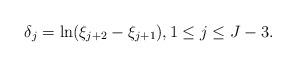
LaTeX: \begin{align*}\delta_{j} = \ln ( \xi_{j+2} - \xi_{j+1} ), 1 \le j \le J-3.\end{align*}